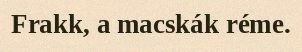
Frakk, a macskák réme.